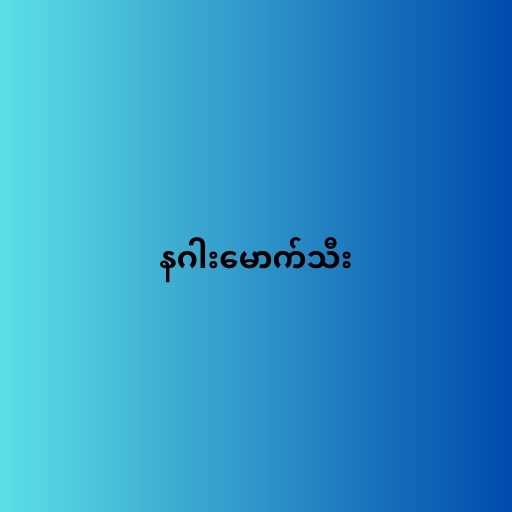
နဂါးမောက်သီး